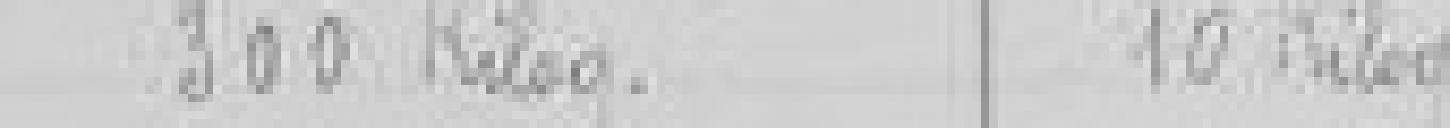
300 kilogrammes